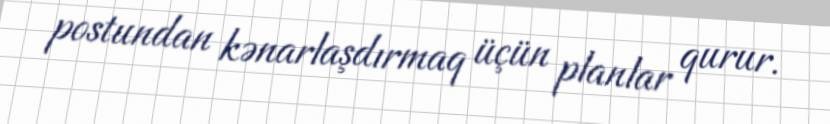
postundan kənarlaşdırmaq üçün planlar qurur.